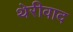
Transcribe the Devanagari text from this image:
थेरीवाद